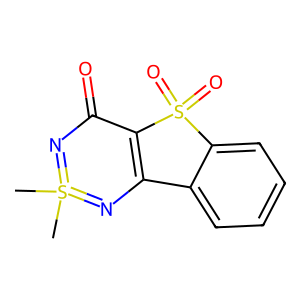
SMILES: CS1(C)=NC(=O)C2=C(N=1)c1ccccc1S2(=O)=O
Inhibits HIV replication: No